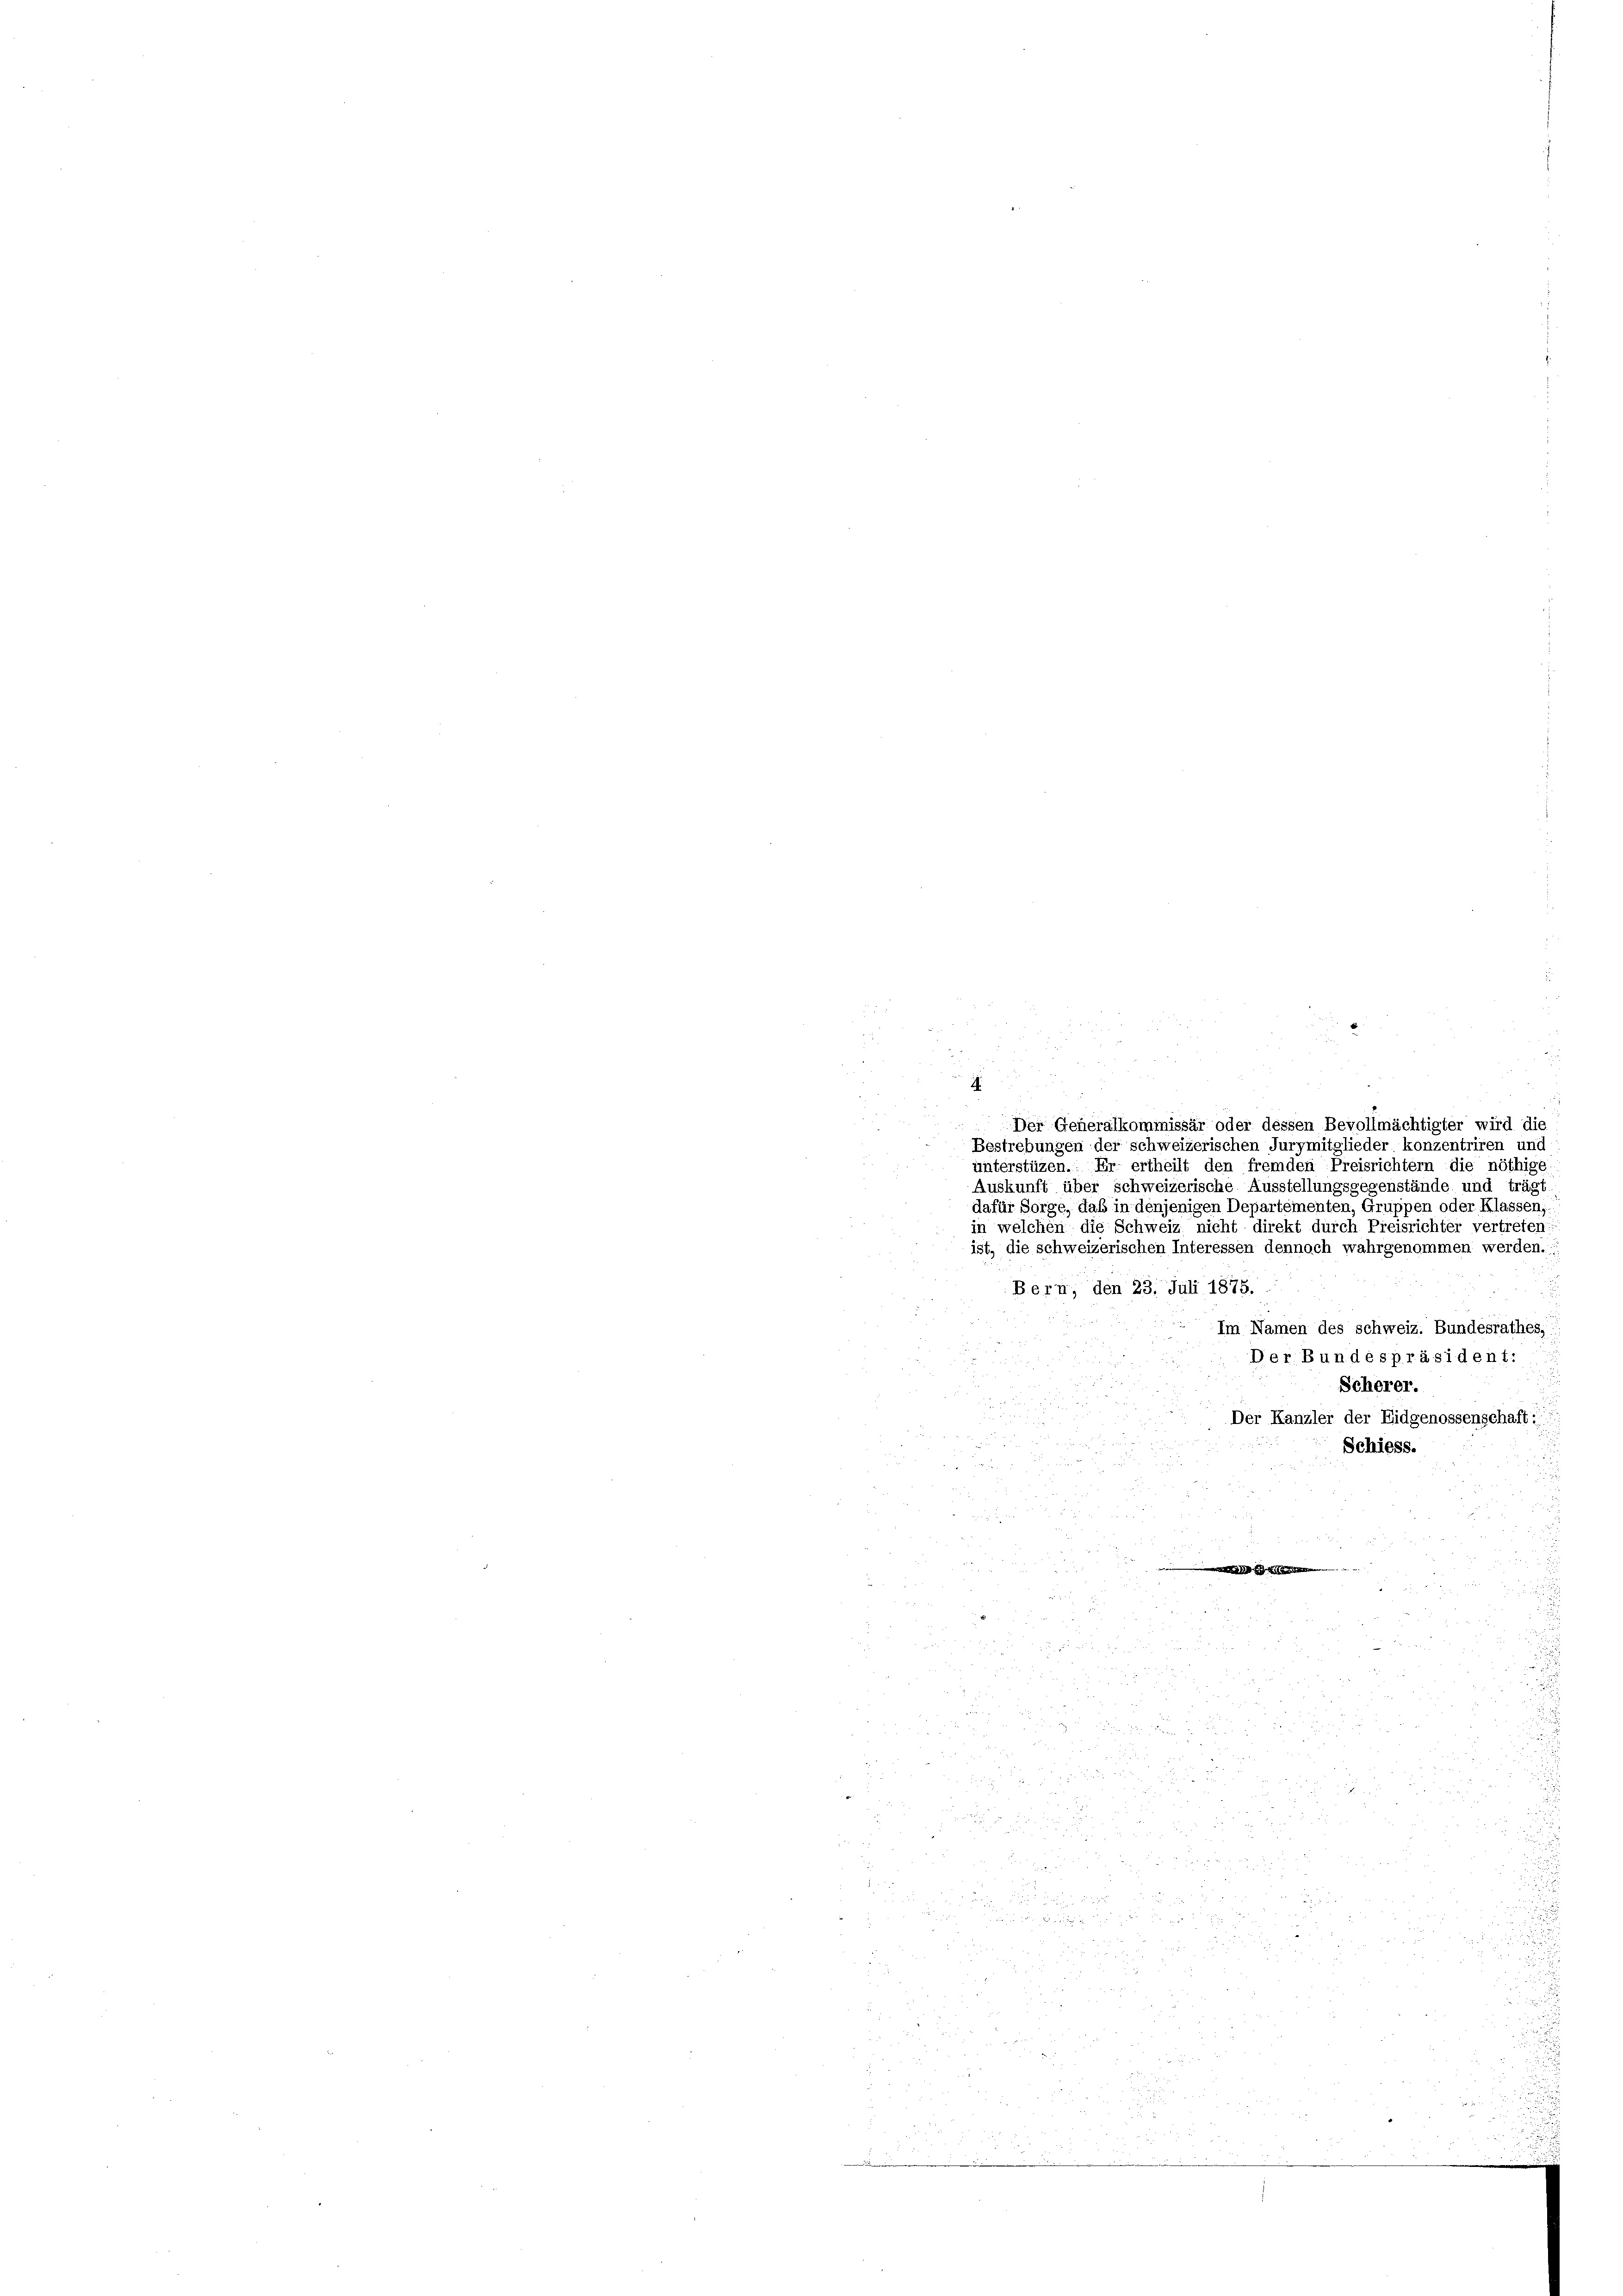
3
i
n
Der Generalkommissär oder dessen Bevollmächtigter wird die
Bestrebungen der schweizerischen Jurymitglieder konzentriren und
unterstüzen. Er ertheilt den fremden Preisrichtern die nöthige
Auskunft über schweizerische Ausstellungsgegenstände und trägt
dafür Sorge, daß in denjenigen Departementen, Gruppen oder Klassen,
in welchen die Schweiz nicht direkt durch Preisrichter vertreten
ist, die schweizerischen Interessen dennoch wahrgenommen werden.
Bern, den 23. Juli 1875.
Im Namen des Schweiz. Bundesrathes,
Der Bundespräsident:
Scherer.
Der Kanzler der Eidgenossenschaft

Schiess.

in
r

.

2

u
u

2

s, und
2
 f 0 x
i
d

.

un
4
¬
3
8

u
 x 2 2
 352
a
 52 xx

d der der

 7 x
e
 xxx
 xxx
.
ee zu
e
35

u
2

2 x 2 x 2 2

1 xx
.

r

 xxx

d
e

.
 25
5
 0 x
e
2 xxx

e
deute wi

.

2

x
e
2 x